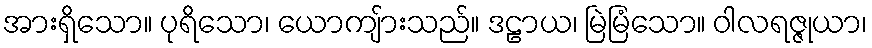
အားရှိသော။ ပုရိသော၊ ယောကျ်ားသည်။ ဒဠာယ၊ မြဲမြံသော။ ဝါလရဇ္ဇုယာ၊